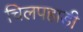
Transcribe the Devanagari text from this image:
चिलपहाड़ी